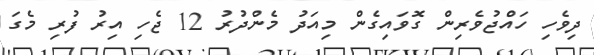
ދިވެހި ހައްޖުވެރިން ގޮވައިގެން މިއަދު މެންދުރު 12 ޖެހި އިރު ފުރި މެގަ